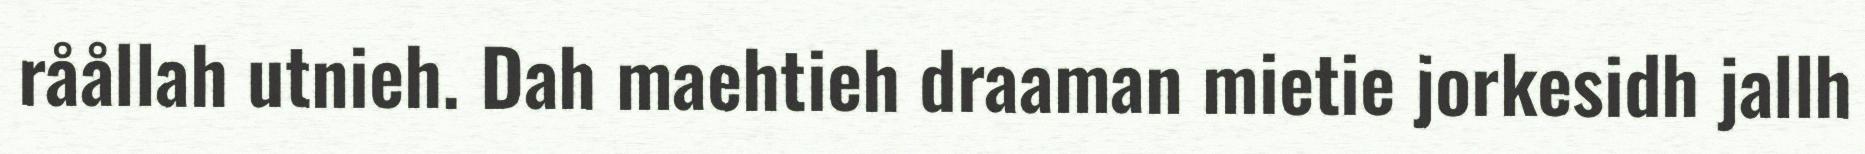
råållah utnieh. Dah maehtieh draaman mietie jorkesidh jallh